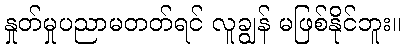
နှုတ်မှုပညာမတတ်ရင် လူချွန် မဖြစ်နိုင်ဘူး။